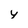
Character: v